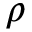
\rho